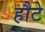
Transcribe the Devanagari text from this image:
हौटे